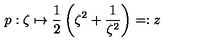
p : \zeta \mapsto \frac { 1 } { 2 } \left( \zeta ^ { 2 } + \frac { 1 } { \zeta ^ { 2 } } \right) = : z